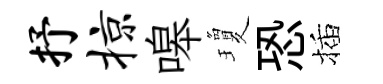
抒掠嗥瓊恐插